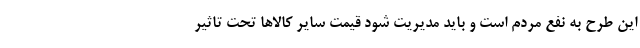
این طرح به نفع مردم است و باید مدیریت شود قیمت سایر کالاها تحت تاثیر